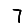
Digit: 7